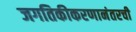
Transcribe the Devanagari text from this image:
जगतिकीकरणानंतरची